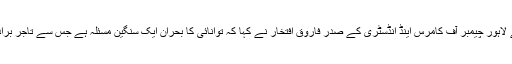
اس موقع پر خطاب کرتے ہوئے لاہور چیمبر آف کامرس اینڈ انڈسٹری کے صدر فاروق افتخار نے کہا کہ توانائی کا بحران ایک سنگین مسئلہ ہے جس سے تاجر برادری سمیت ہرکوئی پریشان ہے۔